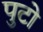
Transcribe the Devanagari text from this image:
पुटो